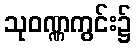
သုဝဏ္ဏကွင်း၌